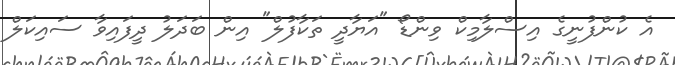
އެ ކުންފުނީގެ އިސްލާމިކް ވިންޑޯ "އަޔާދީ ތަކާފުލް" އިން ބަދަލު ދީފައިވާ ސައިކަލް